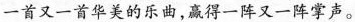
一首又一首华美的乐曲，赢得-阵又一阵掌声。